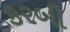
કરબી